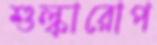
শুল্কারোপ